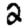
Digit: 2